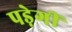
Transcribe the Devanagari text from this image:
पड़ेगीं